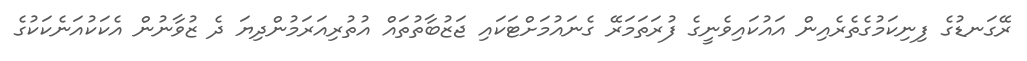
ރޭގަނޑުގެ ފިނިކަމުގެތެރެއިން އައުކައިވެނީގެ ފުރަތަމަރޭ ގެނައުމަށްޓަކައި ޖަޒުބާތުތައް އުތުރިއަރަމުންދިޔަ ދެ ޒުވާނުން އެކަކުއަނެކަކުގެ